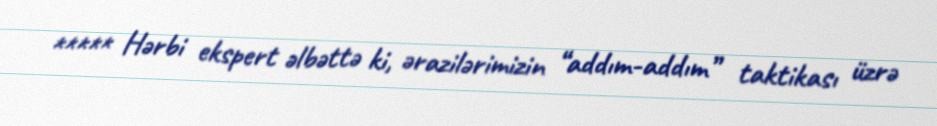
***** Hərbi ekspert əlbəttə ki, ərazilərimizin “addım-addım” taktikası üzrə